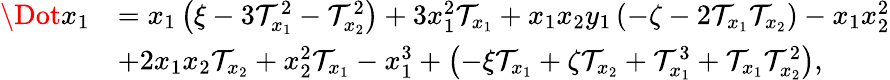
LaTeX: \begin{array}{rl}{\Dot{x_{1}}}&{=x_{1}\left(\xi-3\mathcal{T}_{x_{1}}^{2}-\mathcal{T}_{x_{2}}^{2}\right)+3x_{1}^{2}\mathcal{T}_{x_{1}}+x_{1}x_{2}y_{1}\left(-\zeta-2\mathcal{T}_{x_{1}}\mathcal{T}_{x_{2}}\right)-x_{1}x_{2}^{2}}\\ &{+2x_{1}x_{2}\mathcal{T}_{x_{2}}+x_{2}^{2}\mathcal{T}_{x_{1}}-x_{1}^{3}+\left(-\xi\mathcal{T}_{x_{1}}+\zeta\mathcal{T}_{x_{2}}+\mathcal{T}_{x_{1}}^{3}+\mathcal{T}_{x_{1}}\mathcal{T}_{x_{2}}^{2}\right),}\end{array}